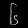
Digit: ၆